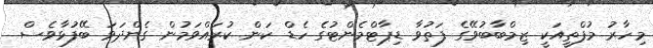
މިހާރު މުފްތީއަކީ ޒިމްބާބުވޭގެ ފަތުވާ ޑިޕާޓްމެންޓުގެ ހެޑް ކަން ކުރައްވަމުން ގެންދަވަ ބޭފުޅާވެސް